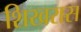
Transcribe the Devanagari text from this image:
शिखरास